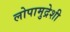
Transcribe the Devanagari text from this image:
लोपामुद्रेशी